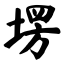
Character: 塄